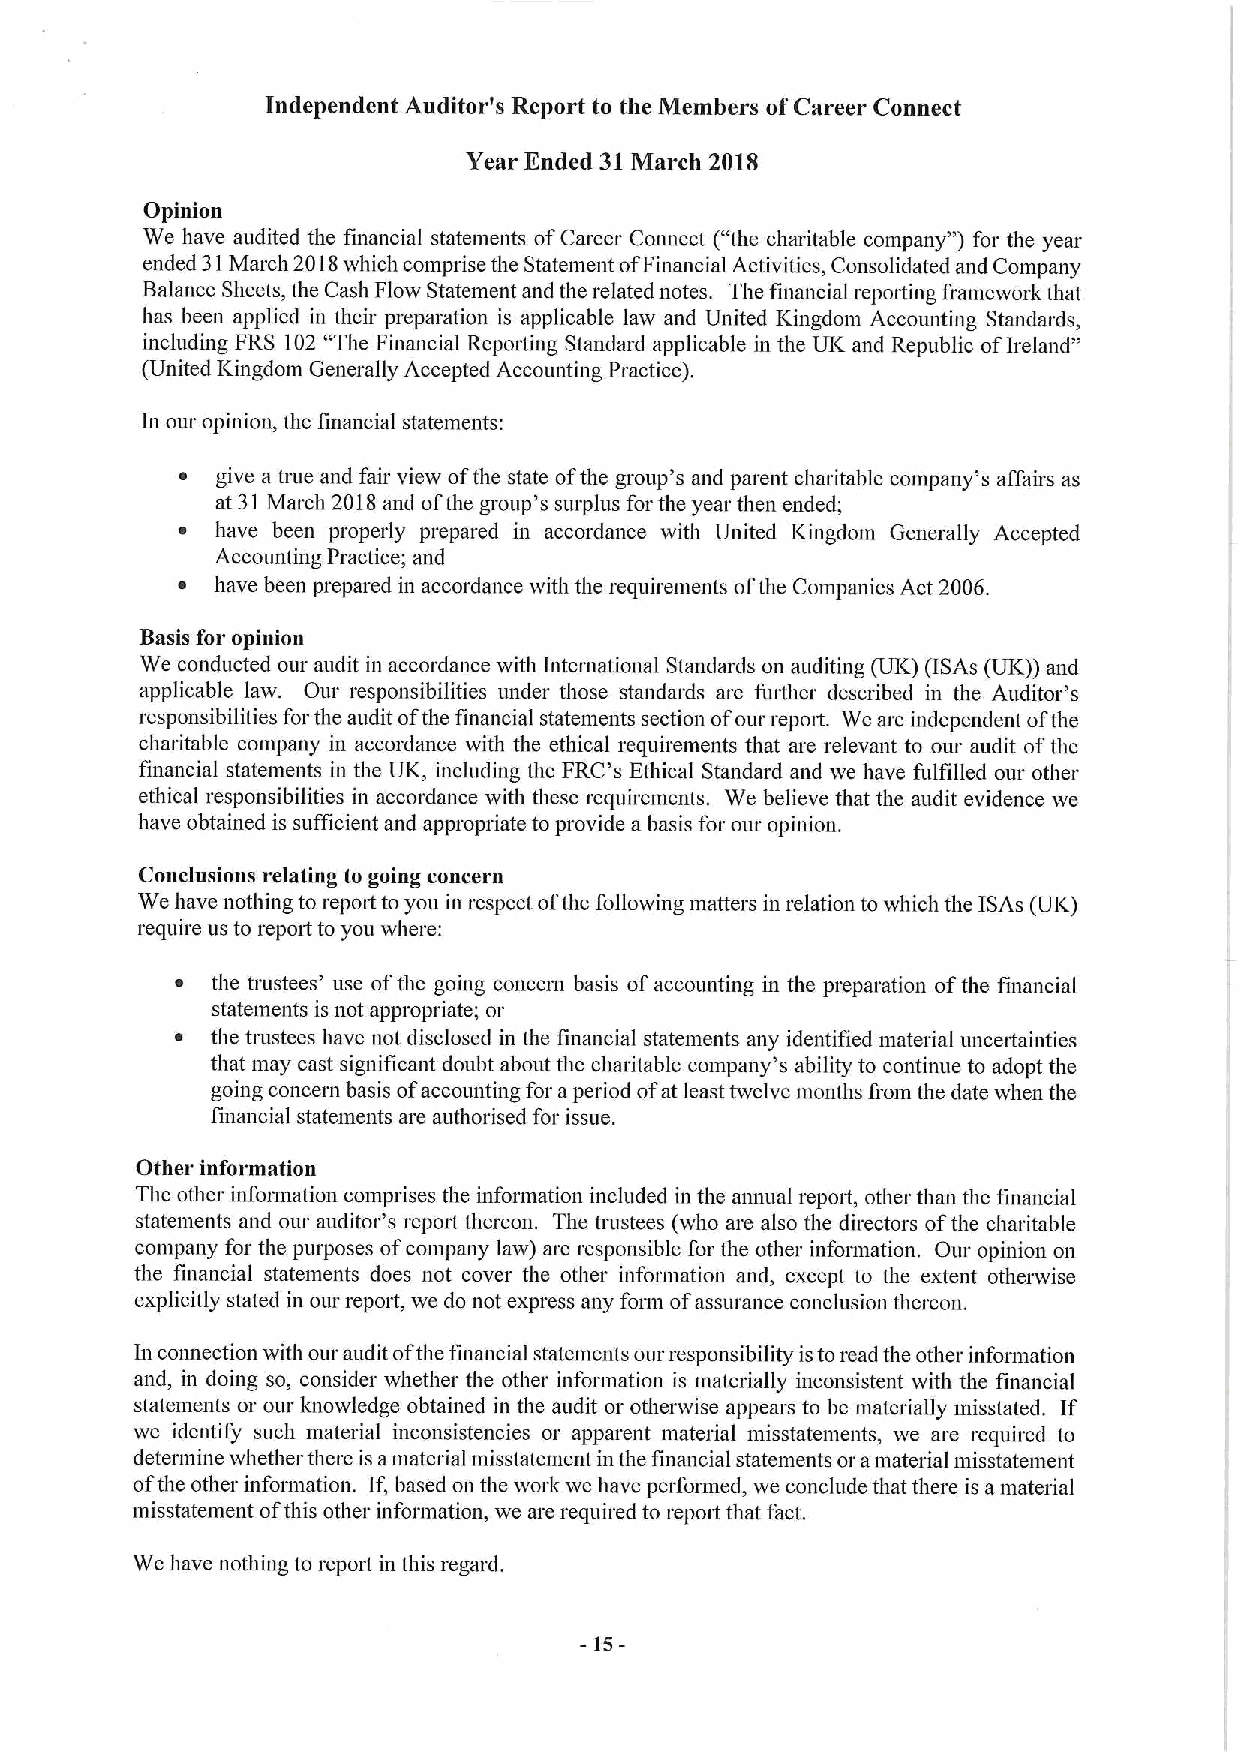
Independent Auditor's Report to the Members ofCareer Connect
 Year Ended 31March 201S
 Opinion
 We have audited the financial statements ofCareer Connect ("the charitable company") for the year
 ended 3IMarch 2018which comprise the Statement ofFinancial Activities, Consolidated and Company
 Balance Sheets, the Cash Flow Statement and the related notes. The financial reporting framework that
 has been applied in their preparation is applicable law and United Kingdom Accounting Standards,
 including FRS 102 "The Financial Repoiting Standard applicable in the UK and Republic ofIreland"
 (United Kingdom Generally Accepted Accounting Practice).
 In our opinion, the financial statements:
 ~ give a true and fair view ofthe state ofthe group's and parent charitable company's affairs as
 at 31March 2018and ofthe group's surplus for the year then ended;
 ~ have been properly prepared in accordance with United Kingdom Generally Accepted
 Accounting Practice; and
 ~ have been prepared in accordance with the requirements ofthe Companies Act 2006.
 Basis for opinion
 We conducted our audit in accordance with International Standards on auditing (UK) (ISAs (UK)) and
 applicable law. Our responsibilities under those standards are fin'ther described in the Auditor's
 responsibilities forthe audit ofthe financial statements section ofour repoit. We are independent ofthe
 charitable company in accordance with the ethical requirements that are relevant to our audit ofthe
 financial statements in the UK, including the FRC's Ethical Standard and we have fulfilled our other
 ethical responsibilities in accordance with these requirements. We believe that the audit evidence we
 have obtained is sufficient and appropriate to provide a basis for our opinion.
 Conclusions relating to going concern
 We have nothing to repoit to you in respect ofthe following matters in relation to which the ISAs (UK)
 require us to report to you where:
 ~ the trustees' use ofthe going concern basis ofaccounting in the preparation ofthe financial
 statements is not appropriate; or
 ~ the trustees have not disclosed in the financial statements any identified material uncertainties
 that may cast significant doubt about the charitable company's ability to continue to adopt the
 going concern basis ofaccounting for aperiod ofat least twelve months fiom the date when the
 financial statements are authorised for issue.
 Other information
 The other information comprises the information included in the annual report, other than the financial
 statements and our auditor's report thereon. The trustees (who are also the directors ofthe charitable
 company for the purposes ofcompany law) are responsible for the other information. Our opinion on
 the fuiancial statements does not cover the other information and, except to the extent otherwise
 explicitly stated in our report, we do not express any fonu ofassurance conclusion thereon.
 hi connection with our audit ofthe financial statements our responsibility isto read the other information
 and, in doing so, consider whether the other information is materially inconsistent with the financial
 statements or our knowledge obtained in the audit or otherwise appears to be materially misstated. If
 we identify such material inconsistencies or apparent material misstatements, we are required to
 deterniine whether there is amaterial misstatement in the financial statements or amaterial misstatement
 ofthe other information. If,based on the work we have performed, we conclude that there is a material
 misstatement ofthis other information, we are required to report that fact.
 We have nothing to report in this regard.
 -15-